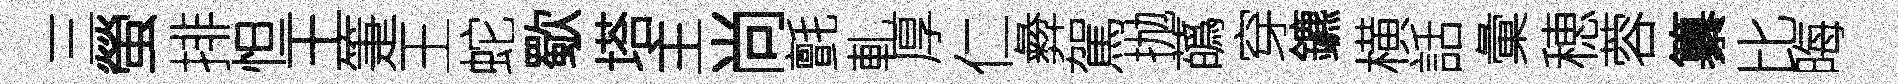
三螢排怛王箑王蛇歜塔主尚氈軋厚仁彜駕抛蘤穿鑣横話彙穂蓉纂比晦